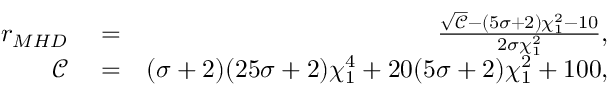
\begin{array} { r l r } { r _ { M H D } } & { { } = } & { \frac { \sqrt { \mathcal { C } } - ( 5 \sigma + 2 ) \chi _ { 1 } ^ { 2 } - 1 0 } { 2 \sigma \chi _ { 1 } ^ { 2 } } , } \\ { \mathcal { C } } & { { } = } & { ( \sigma + 2 ) ( 2 5 \sigma + 2 ) \chi _ { 1 } ^ { 4 } + 2 0 ( 5 \sigma + 2 ) \chi _ { 1 } ^ { 2 } + 1 0 0 , } \end{array}